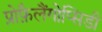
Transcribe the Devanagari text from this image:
प्रोफ़ैलैंगोप्सिडी